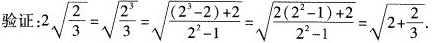
验证：$$2 \sqrt { \frac { 2 } { 3 } } = \sqrt { \frac { 2 ^ { 3 } } { 3 } } = \sqrt { \frac { ( 2 ^ { 3 } - 2 ) + 2 } { 2 ^ { 2 } - 1 } } = \sqrt { \frac { 2 ( 2 ^ { 2 } - 1 ) + 2 } { 2 ^ { 2 } - 1 } } = \sqrt { 2 + \frac { 2 } { 3 } }$$.